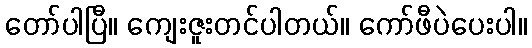
တော်ပါပြီ။ ကျေးဇူးတင်ပါတယ်။ ကော်ဖီပဲပေးပါ။